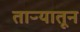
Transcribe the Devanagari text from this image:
ताऱ्यातून